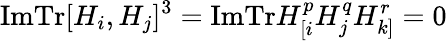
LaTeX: \mathrm{ImTr}[H_{i},H_{j}]^{3}=\mathrm{ImTr}H_{[i}^{p}H_{j}^{q}H_{k]}^{r}=0